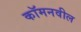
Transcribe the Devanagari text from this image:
कॉमनवील